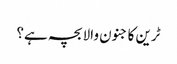
ٹرین کا جنون والا بچہ ہے؟